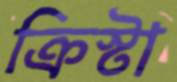
ক্রিস্টা